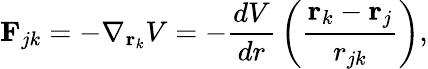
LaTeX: \mathbf{F}_{jk}=-\nabla_{\mathbf{r}_{k}}V=-{\frac{dV}{dr}}\left({\frac{\mathbf{r}_{k}-\mathbf{r}_{j}}{r_{jk}}}\right),